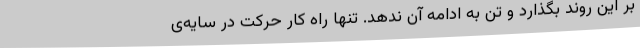
بر این روند بگذارد و تن به ادامه آن ندهد. تنها راه کار حرکت در سایه‌ی